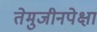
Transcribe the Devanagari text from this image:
तेमुजीनपेक्षा